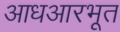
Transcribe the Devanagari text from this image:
आधआरभूत